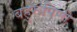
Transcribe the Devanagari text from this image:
बहुरूपिणी